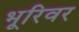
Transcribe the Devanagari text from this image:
भूरिवर